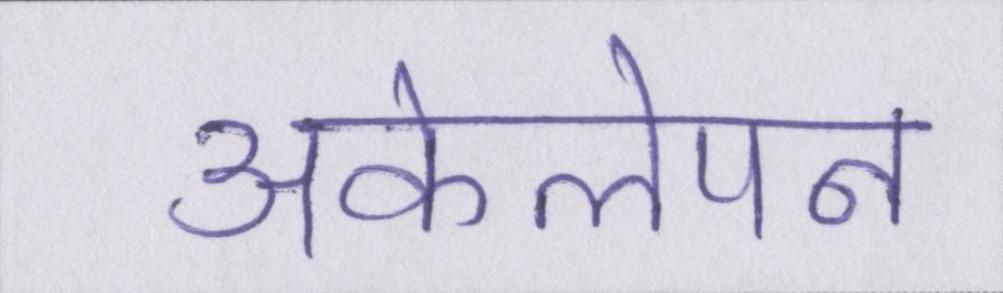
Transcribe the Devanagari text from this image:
अकेलेपन